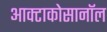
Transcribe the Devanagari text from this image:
आक्टाकोसानॉल